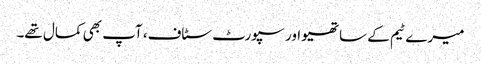
میرے ٹیم کے ساتھیو اور سپورٹ سٹاف، آپ بھی کمال تھے۔